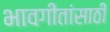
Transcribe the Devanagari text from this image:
भावगीतांसाठी